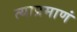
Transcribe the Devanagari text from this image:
त्याप्रमाणं